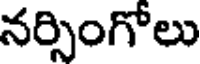
నర్సింగోలు